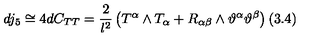
d j _ { 5 } \cong 4 d C _ { T T } = \frac { 2 } { l ^ { 2 } } \left( T ^ { \alpha } \wedge T _ { \alpha } + R _ { \alpha \beta } \wedge \vartheta ^ { \alpha } \vartheta ^ { \beta } \right) ( 3 . 4 )